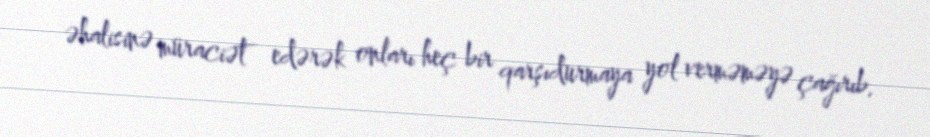
əhalisinə müraciət edərək onları heç bir qarşıdurmaya yol verməməyə çağırıb.